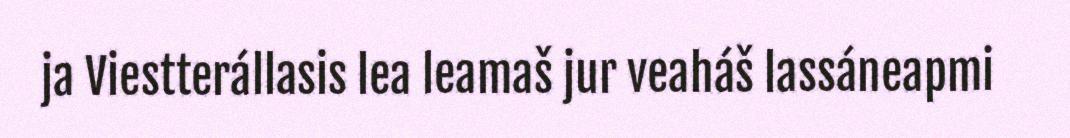
ja Viestterállasis lea leamaš jur veaháš lassáneapmi